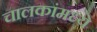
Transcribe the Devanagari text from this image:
चालकांमध्ये